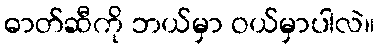
ဓာတ်ဆီကို ဘယ်မှာ ဝယ်မှာပါလဲ။